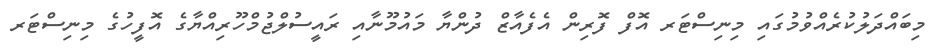
މިބައްދަލުކުރެއްވުމުގައި މިނިސްޓަރ އޮފް ފޮރިން އެފެއާޒް ދުންޔާ މައުމޫނާއި ރައީސުލްޖުމްހޫރިއްޔާގެ އޮފީހުގެ މިނިސްޓަރ